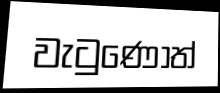
වැටුණොත්